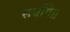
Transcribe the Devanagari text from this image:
सर्वांगे॥